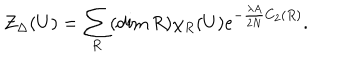
{ \cal Z } _ { \Delta } ( U ) = \sum _ { R } ( \dim R ) \chi _ { R } ( U ) e ^ { - \frac { \lambda A } { 2 N } C _ { 2 } ( R ) } .